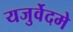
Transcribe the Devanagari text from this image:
यजुर्वेदमे